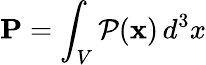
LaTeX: {\mathbf P}=\int_{V}{\cal P}({\mathbf x})\, d^{3}x